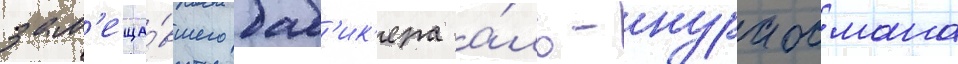
зам'еща́вшего баб'ик'ера а́ль-нура османа